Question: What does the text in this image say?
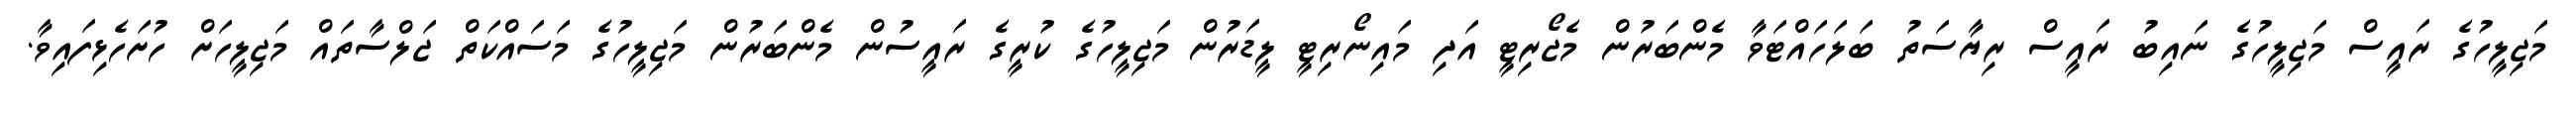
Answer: މަޖިލީހުގެ ރައީސް މަޖިލީހުގެ ނައިބު ރައީސް ރިޔާސަތު ބަލަހައްޓަވާ މެންބަރުން މެޖޯރިޓީ އަދި މައިނޯރިޓީ ލީޑަރުން މަޖިލީހުގެ ކުރީގެ ރައީސުން މެންބަރުން މަޖިލީހުގެ މަސައްކަތް ޖަލްސާތައް މަޖިލީހަށް ހުށަހެޅިފައިވާ.